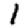
Digit: 1